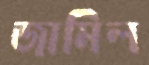
জামিল